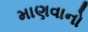
માણવાનો